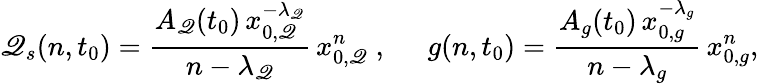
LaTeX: \mathscr{Q}_{s}(n,t_{0})=\frac{{A_{\mathscr{Q}}(t_{0})\, x_{0,\mathscr{Q}}^{-\lambda_{\mathscr{Q}}}}}{{n-\lambda_{\mathscr{Q}}}}\, x_{0,\mathscr{Q}}^{n}\; ,\; \; \; \; \; g(n,t_{0})=\frac{{A_{g}(t_{0})\, x_{0,g}^{-\lambda_{g}}}}{{n-\lambda_{g}}}\, x_{0,g}^{n},